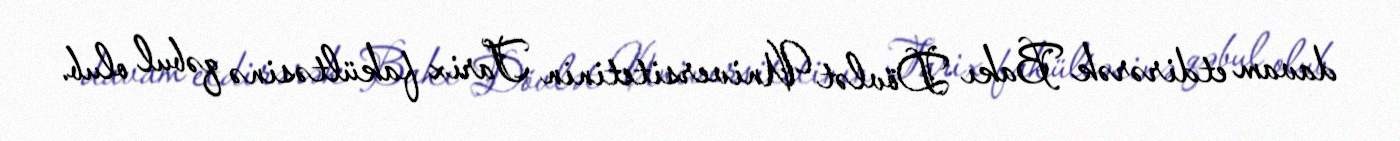
davam etdirərək Bakı Dövlət Universitetinin Tarix fakültəsinə qəbul olub.